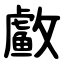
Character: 䲣